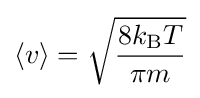
\langle v\rangle ={\sqrt {\frac {8k_{\rm {B}}T}{\pi m}}}